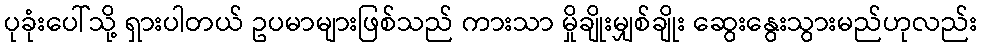
ပုခုံးပေါ်သို့ ရှားပါတယ် ဥပမာများဖြစ်သည် ကားသာ မှိုချိုးမျှစ်ချိုး ဆွေးနွေးသွားမည်ဟုလည်း